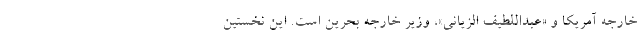
خارجه آمریکا و «عبداللطیف الزیانی»، وزیر خارجه بحرین است. این نخستین